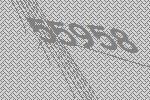
55958